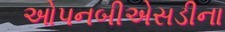
ઓપનબીએસડીના